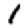
Digit: 1